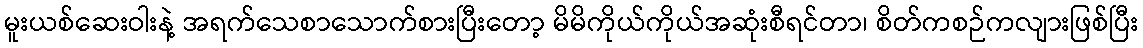
မူးယစ်ဆေးဝါးနဲ့ အရက်သေစာသောက်စားပြီးတော့ မိမိကိုယ်ကိုယ်အဆုံးစီရင်တာ၊ စိတ်ကစဉ်ကလျားဖြစ်ပြီး